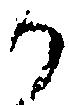
か